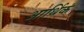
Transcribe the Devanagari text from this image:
आर्थिकं